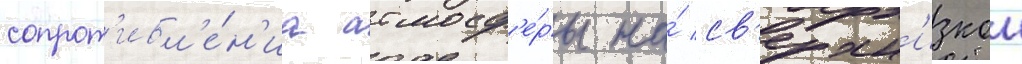
сопрот'ивл'е́н'иа атмосф'е́ры на́ св'ерхн'изкои